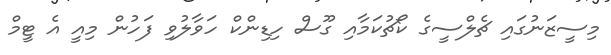
މިސީޒަނުގައި ޗެލްސީގެ ކޯޗުކަމާއި ގޫސް ހިޑިންކް ހަވާލުވި ފަހުން މިއީ އެ ޓީމް